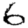
Digit: 6